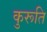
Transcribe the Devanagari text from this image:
कुरूति